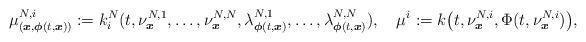
LaTeX: \begin{align*}\mu_{(\boldsymbol{x},\boldsymbol{\phi}(t,\boldsymbol{x}))}^{N,i}:=k_i^N(t,\nu^{N,1}_{\boldsymbol{x}},\ldots,\nu^{N,N}_{\boldsymbol{x}},\lambda^{N,1}_{\boldsymbol{\phi}(t,\boldsymbol{x})},\ldots,\lambda^{N,N}_{\boldsymbol{\phi}(t,\boldsymbol{x})}),\quad\mu^i:=k\big(t,\nu^{N,i}_{\boldsymbol{x}},\Phi(t,\nu^{N,i}_{\boldsymbol{x}})\big),\end{align*}